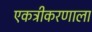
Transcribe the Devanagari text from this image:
एकत्रीकरणाला